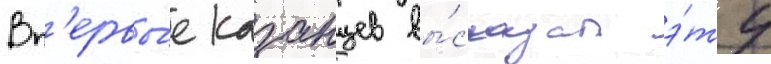
Вп'ервы́е казанцев вы́сказал э́ту